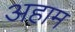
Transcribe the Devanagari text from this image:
अहाम